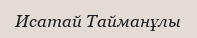
Исатай Тайманұлы